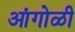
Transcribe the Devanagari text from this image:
आंगोळी